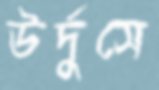
উর্দুসে